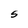
Character: S